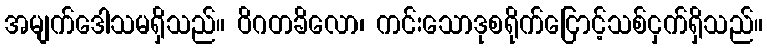
အမျက်ဒေါသမရှိသည်။ ဝိဂတခိလော၊ ကင်းသောဒုစရိုက်ငြောင့်သစ်ငှက်ရှိသည်။